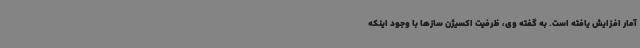
آمار افزایش یافته است. به گفته وی، ظرفیت اکسیژن سازها با وجود اینکه